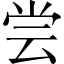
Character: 尝